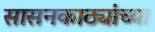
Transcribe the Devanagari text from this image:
सासनकाठ्यांच्या